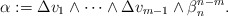
\begin{align*} \alpha := \Delta v_1\wedge\dots\wedge \Delta v_{m-1}\wedge\beta_n^{n-m}.\end{align*}